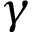
\gamma